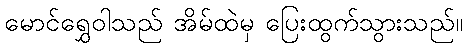
မောင်ရွှေဝါသည် အိမ်ထဲမှ ပြေးထွက်သွားသည်။